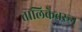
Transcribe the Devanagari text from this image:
तालिकेवरून